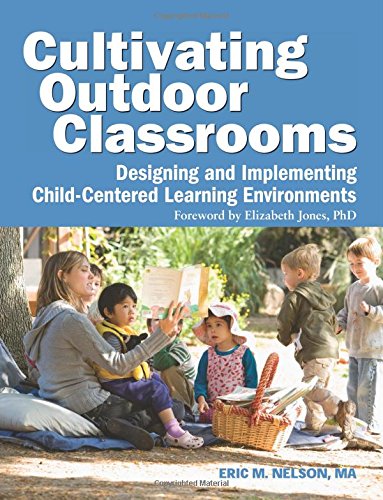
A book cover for Cultivating Outdoor Classrooms: Designing and Implementing Child-Centered Learning Environments; Eric Nelson; Arts & Photography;